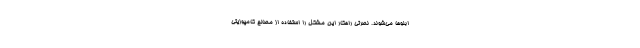
ابلوها می‌شوند. نصرتی راهکار این مشکل را استفاده از مصالح کامپوزیتی